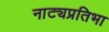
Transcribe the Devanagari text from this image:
नाट्यप्रतिभा